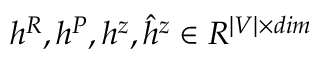
h ^ { R } , h ^ { P } , h ^ { z } , \hat { h } ^ { z } \in R ^ { | V | \times d i m }